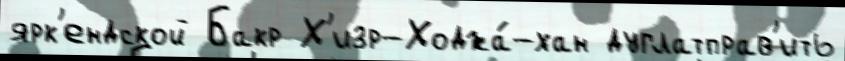
ярк'ендской Бакр Х'изр-Ходжа́-хан дуглатправ'ить